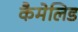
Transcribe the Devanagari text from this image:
कैमेलिड